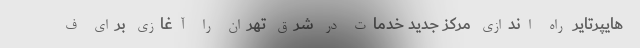
هایپرتایر راه اندازی مرکز جدید خدمات در شرق تهران را آغازی برای ف